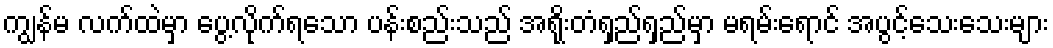
ကျွန်မ လက်ထဲမှာ ပွေ့လိုက်ရသော ပန်းစည်းသည် အရိုးတံရှည်ရှည်မှာ မရမ်းရောင် အပွင့်သေးသေးများ